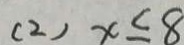
( 2 ) x \leq 8